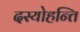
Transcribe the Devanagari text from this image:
दस्योहन्ति